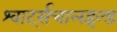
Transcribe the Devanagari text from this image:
श्वार्ट्सचालइल्ड